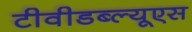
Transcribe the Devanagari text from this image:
टीवीडब्ल्यूएस